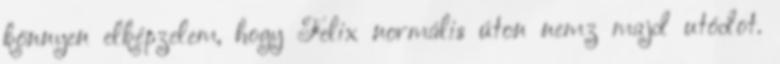
könnyen elképzelem, hogy Felix normális úton nemz majd utódot.